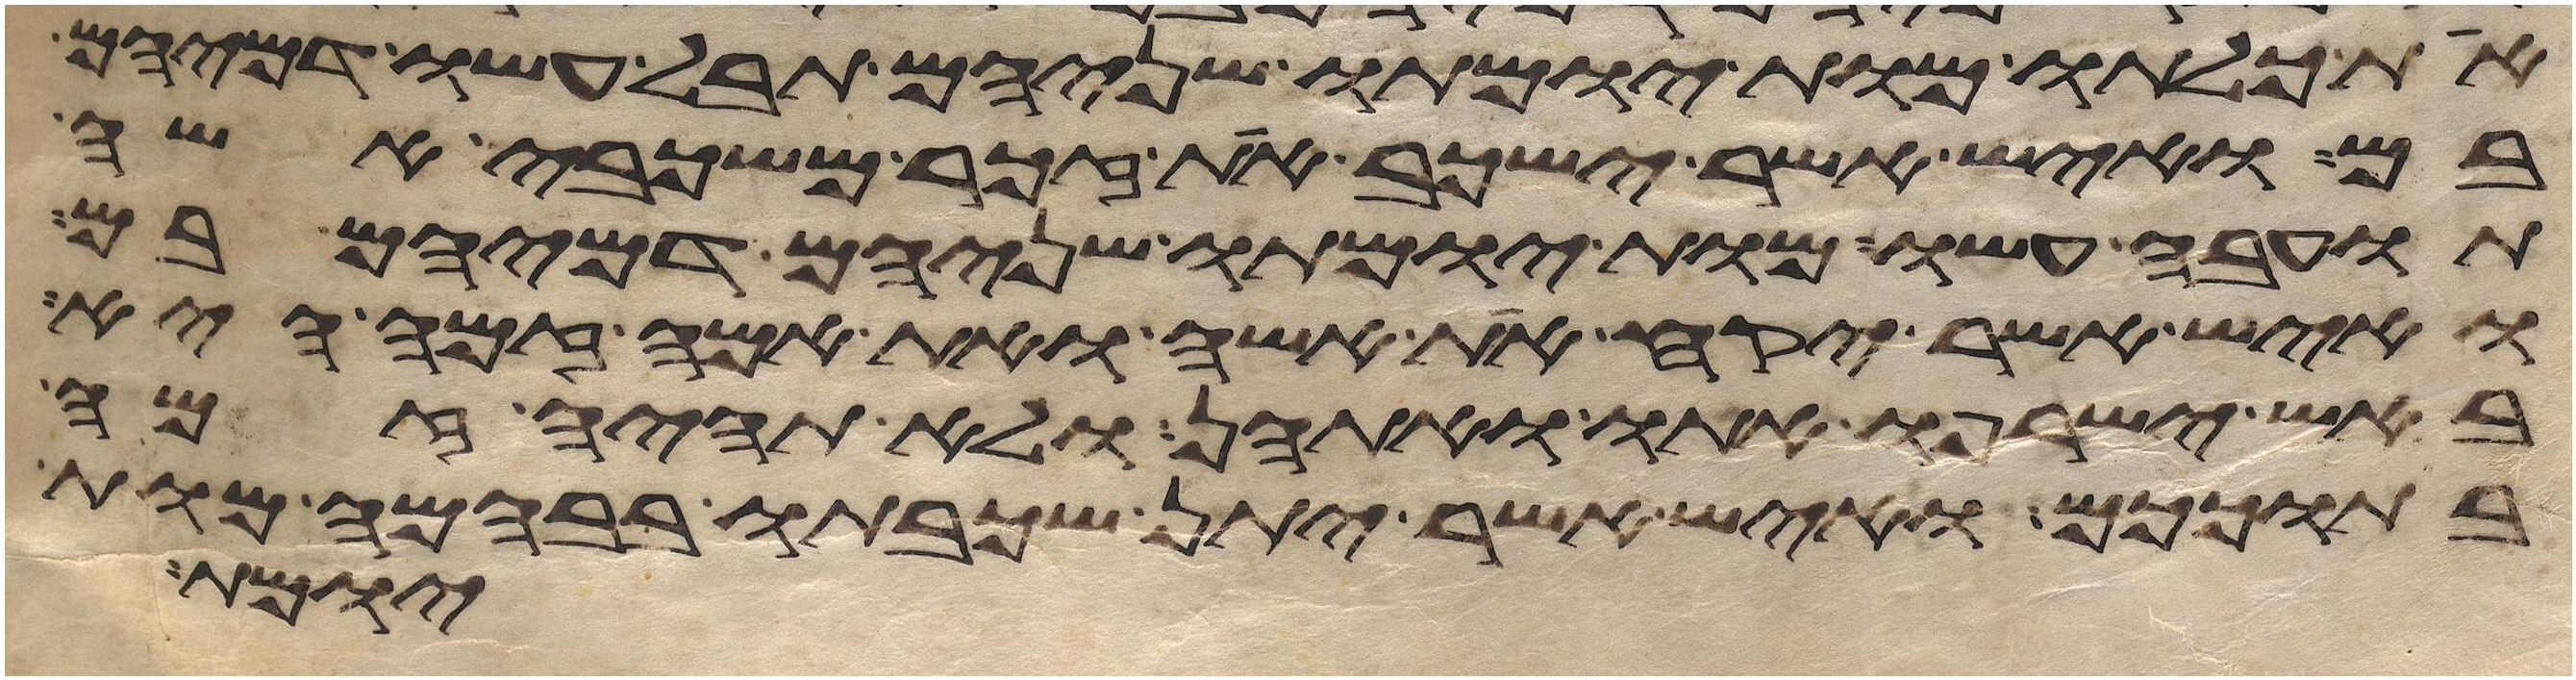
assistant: את כלתו מות יומתו שניהם תבל עשו דמיהם
בם ואיש אשר ישכב את זכר משכבי אשה
תועבה עשו מות יומתו שניהם דמיהם בם
ואיש אשר יקח את אשה ואת אמה זמה היא
באש ישרפו אתו ואתהן ולא תהיה זמה
בתוככם ואיש אשר יתן שכבתו בבהמה מות
יומת